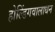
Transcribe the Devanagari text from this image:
होल्डिंगवालाधन